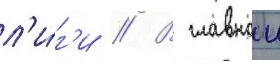
л'и́г'и // В главнои